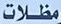
مظلات